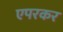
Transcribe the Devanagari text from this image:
एपरकर